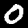
Label: 0